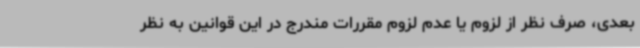
بعدی، صرف نظر از لزوم یا عدم لزوم مقررات مندرج در این قوانین به نظر